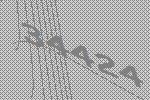
34424